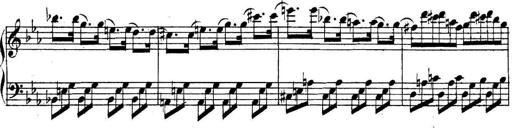
Title: Collected Piano Sonatas
Composer: Muzio Clementi